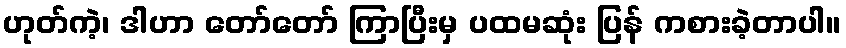
ဟုတ်ကဲ့၊ ဒါဟာ တော်တော် ကြာပြီးမှ ပထမဆုံး ပြန် ကစားခဲ့တာပါ။